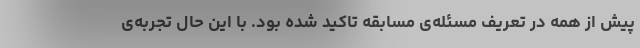
پیش از همه در تعریف مسئله‌ی مسابقه تاکید شده بود. با این حال تجربه‌ی